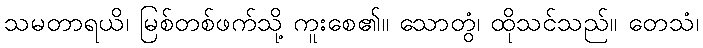
သမတာရယိ၊ မြစ်တစ်ဖက်သို့ ကူးစေ၏။ သောတွံ၊ ထိုသင်သည်။ တေသံ၊